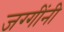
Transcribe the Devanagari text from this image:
जग्गींनी